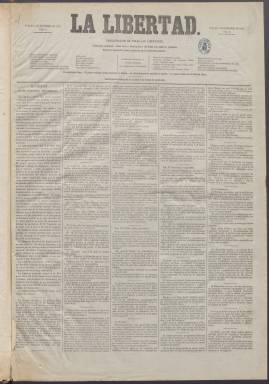
Título: La Libertad (Madrid. 1868)
Colección: Periódicos
Ámbito geográfico: Madrid
Lugar de publicación: Madrid
Fechas: 03/12/1868-12/01/1869